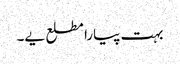
بہت پیارا مطلع یے۔